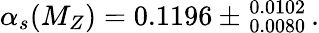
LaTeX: \alpha_{s}(M_{Z})=0.1196\pm_{\; 0.0080}^{\; 0.0102}\, .